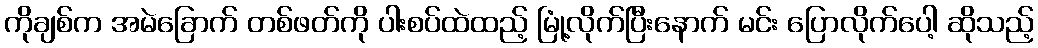
ကိုချစ်က အမဲခြောက် တစ်ဖတ်ကို ပါးစပ်ထဲထည့် မြုံ့လိုက်ပြီးနောက် မင်း ပြောလိုက်ပေါ့ ဆိုသည့်